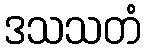
ဒသသတံ